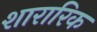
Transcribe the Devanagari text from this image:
शारारिक